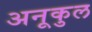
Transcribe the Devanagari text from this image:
अनूकुल